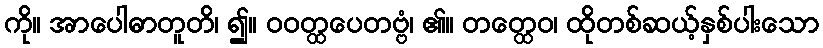
ကို။ အာပေါဓာတူတိ၊ ၍။ ဝဝတ္ထပေတဗ္ဗံ၊ ၏။ တတ္ထေဝ၊ ထိုတစ်ဆယ့်နှစ်ပါးသော